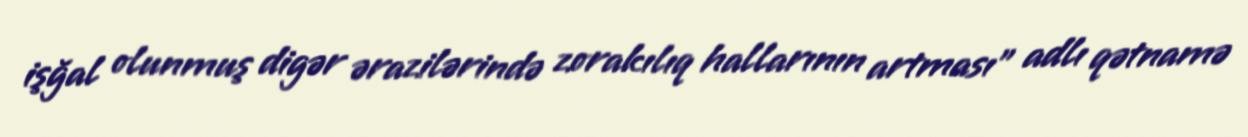
işğal olunmuş digər ərazilərində zorakılıq hallarının artması” adlı qətnamə